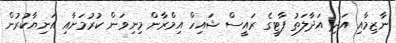
ނާޒިމާއި އަދި އަދާލަތު ޕާޓީގެ ރައީސް ޝައިހް އިމްރާން މިނިވަން ކުރުމަށާއި އަނިޔާކުރުން